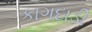
કાગદાડી